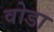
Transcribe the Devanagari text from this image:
वोडा